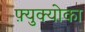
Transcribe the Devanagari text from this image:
फ़्युक्योका